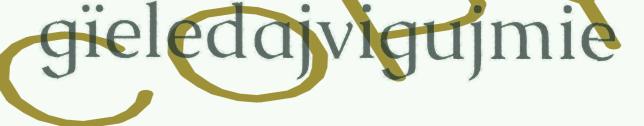
gïeledajvigujmie